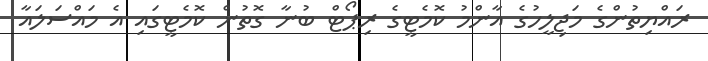
ރައްޔިތުންގެ މަޖިލީހުގެ އާންމު ކޮމެޓީގެ ރިޕޯޓް ބުނާ ގޮތުން ކޮމެޓީގައި އެ މައްސަލައާ